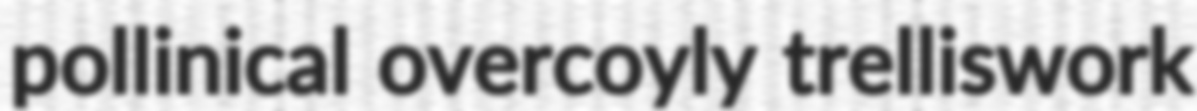
pollinical overcoyly trelliswork